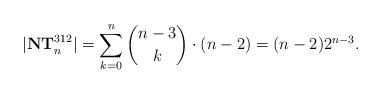
LaTeX: \begin{align*} |\mathbf{NT}_n^{312}|=\sum_{k=0}^{n}\binom{n-3}{k}\cdot (n-2)=(n-2)2^{n-3}.\end{align*}